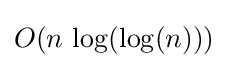
O(n\,\log(\log(n)))